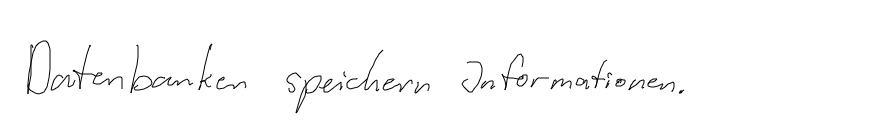
Datenbanken speichern Informationen.